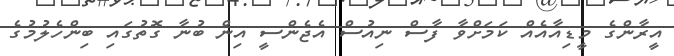
އީރާންގެ މީޑިއާއެއް ކަމަށްވާ ފާސް ނިއުސް އެޖެންސީ އިން ބުނާ ގޮތުގައި ބިންހެލުމުގެ